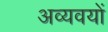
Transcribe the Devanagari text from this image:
अव्यवयों